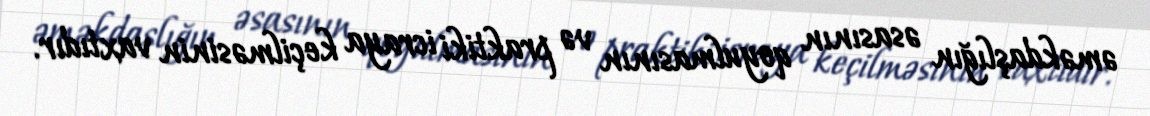
əməkdaşlığın əsasının qoyulmasının və praktiki icraya keçilməsinin vaxtıdır.